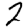
Digit: 2